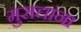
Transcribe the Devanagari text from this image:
मुसद्यांना